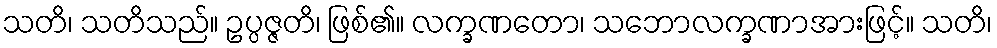
သတိ၊ သတိသည်။ ဥပ္ပဇ္ဇတိ၊ ဖြစ်၏။ လက္ခဏတော၊ သဘောလက္ခဏာအားဖြင့်။ သတိ၊